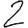
Digit: 2